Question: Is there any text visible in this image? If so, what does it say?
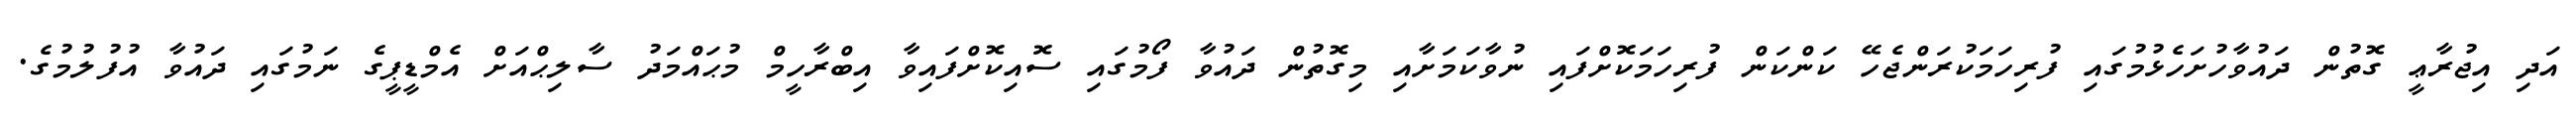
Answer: އަދި އިޖުރާޢީ ގޮތުން ދައުވާހުށަހެޅުމުގައި ފުރިހަމަކުރަންޖެހޭ ކަންކަން ފުރިހަމަކޮށްފައި ނުވާކަމަށާއި މިގޮތުން ދައުވާ ފޯމުގައި ސޮއިކޮށްފައިވާ އިބްރާހީމް މުޙައްމަދު ސާލިޙްއަށް އެމްޑީޕީގެ ނަމުގައި ދައުވާ އުފުލުމުގެ.